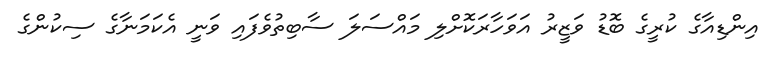
އިންޑިއާގެ ކުރީގެ ބޮޑު ވަޒީރު އަވަހާރަކޮށްލި މައްސަލަ ސާބިތުވެފައި ވަނީ އެކަމަނާގެ ސިކުންގެ